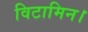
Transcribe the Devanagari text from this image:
विटामिन।